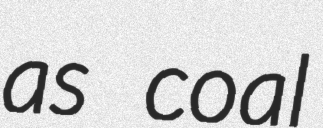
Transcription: as coal